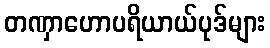
တဏှာဟောပရိယာယ်ပုဒ်များ